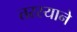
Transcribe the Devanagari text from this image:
तरस्याने